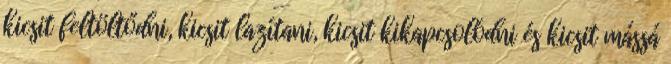
kicsit feltöltődni, kicsit lazítani, kicsit kikapcsolódni és kicsit mássá